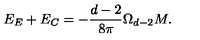
E _ { E } + E _ { C } = - \frac { d - 2 } { 8 \pi } \Omega _ { d - 2 } M .